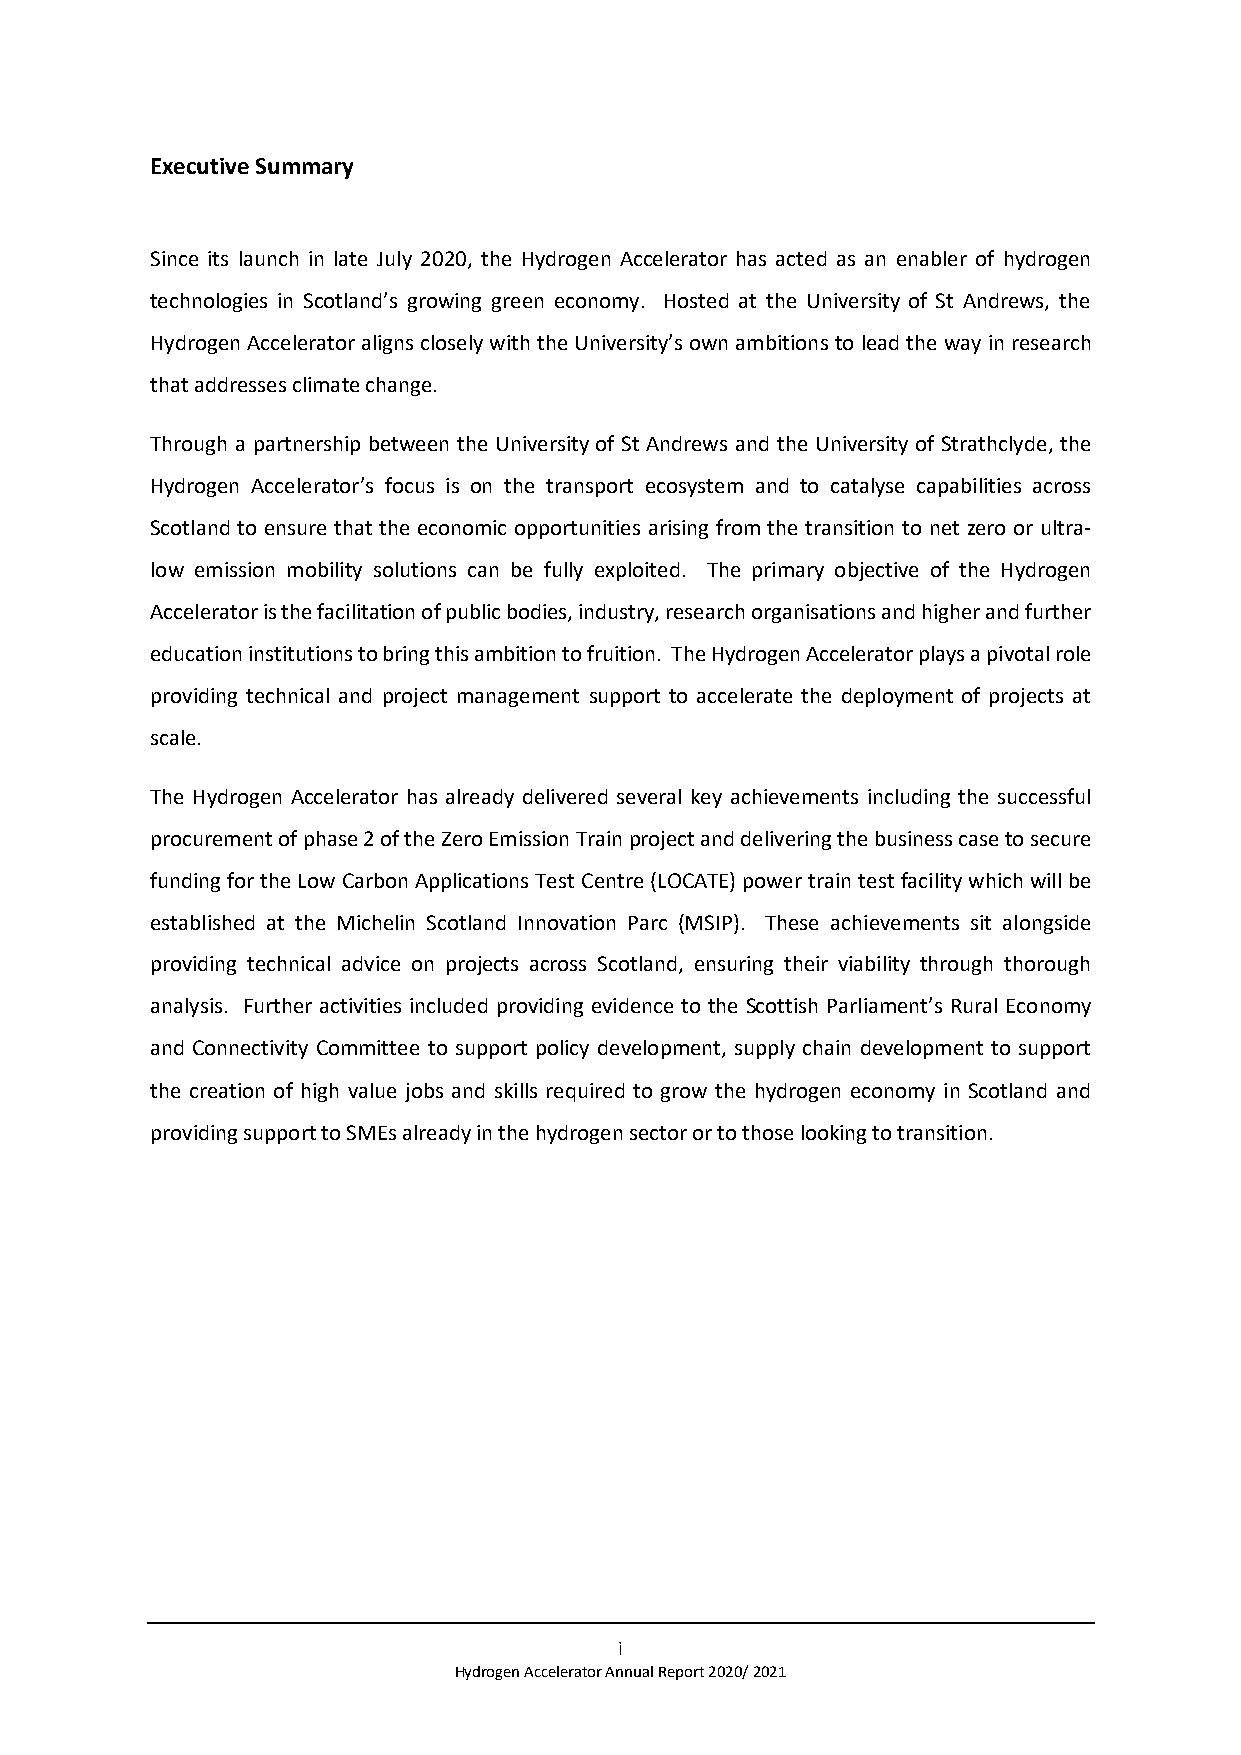
Executive Summary
 Since its launch in late July 2020, the Hydrogen Accelerator has acted as an enabler of hydrogen
 technologies in Scotland’s growing green economy. Hosted at the University of St Andrews, the
 Hydrogen Accelerator aligns closely with the University’s own ambitions to lead the way in research
 that addresses climate change.
 Through a partnership between the University of St Andrews and the University of Strathclyde, the
 Hydrogen Accelerator’s focus is on the transport ecosystem and to catalyse capabilities across
 Scotland to ensure that the economic opportunities arising from the transition to net zero or ultra-
 low emission mobility solutions can be fully exploited. The primary objective of the Hydrogen
 Accelerator is the facilitation of public bodies, industry, research organisations and higher and further
 education institutions to bring this ambition to fruition. The Hydrogen Accelerator plays a pivotal role
 providing technical and project management support to accelerate the deployment of projects at
 scale.
 The Hydrogen Accelerator has already delivered several key achievements including the successful
 procurement of phase 2 of the Zero Emission Train project and delivering the business case to secure
 funding for the Low Carbon Applications Test Centre (LOCATE) power train test facility which will be
 established at the Michelin Scotland Innovation Parc (MSIP). These achievements sit alongside
 providing technical advice on projects across Scotland, ensuring their viability through thorough
 analysis. Further activities included providing evidence to the Scottish Parliament’s Rural Economy
 and Connectivity Committee to support policy development, supply chain development to support
 the creation of high value jobs and skills required to grow the hydrogen economy in Scotland and
 providing support to SMEs already in the hydrogen sector or to those looking to transition.
 i
 Hydrogen Accelerator Annual Report 2020/ 2021